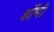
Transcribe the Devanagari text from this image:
हाँमी